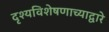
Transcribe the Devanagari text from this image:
दृश्यविशेषणाच्याद्वारे